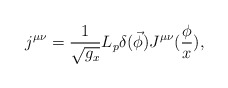
\begin{align*}j^{\mu \nu }=\frac 1{\sqrt{g_x}}L_p\delta (\vec \phi )J^{\mu \nu }(\frac\phi x),\end{align*}